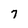
Character: 7